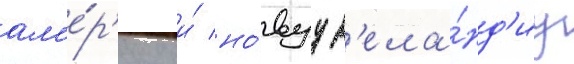
ам'е́р'ику и́ но́вуу з'ела́нд'иу